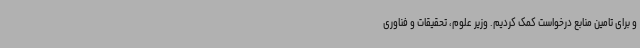
و برای تامین منابع درخواست کمک کردیم. وزیر علوم، تحقیقات و فناوری